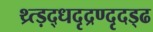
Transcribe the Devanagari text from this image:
थ्र्त्ड़द्धदृद्रण्दृदड्ढ